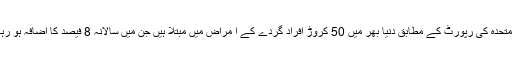
اقوام متحدہ کی رپورٹ کے مطابق دنیا بھر میں 50 کروڑ افراد گردے کے ا مراض میں مبتلا ہیں جن میں سالانہ 8 فیصد کا اضافہ ہو رہا ہے۔